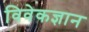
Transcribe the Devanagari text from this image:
विवेकज्ञान